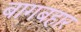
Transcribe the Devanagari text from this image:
बागबहार